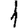
Digit: 1